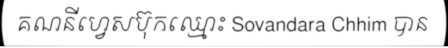
គណនីហ្វេសប៊ុកឈ្មោះ Sovandara Chhim បាន